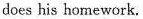
does his homework.